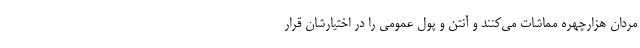
مردان هزارچهره مماشات می‌کنند و آنتن و پول عمومی را در اختیارشان قرار